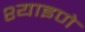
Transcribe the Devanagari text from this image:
श्याइणे